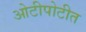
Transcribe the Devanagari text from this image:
ओटीपोटीत